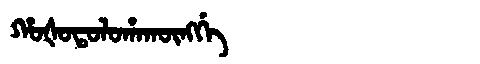
Manchu: ᡥᠣᡧᠣᡨᠣᠯᠣᡥᠠᡴᡡᠩᡤᡝ
Romanization: HOŠOTOLOHAKŪNGGE